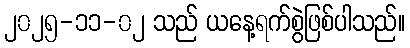
၂၀၂၅-၁၁-၀၂ သည် ယနေ့ရက်စွဲဖြစ်ပါသည်။